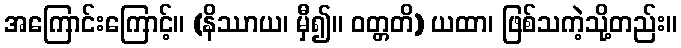
အကြောင်းကြောင့်။ (နိဿာယ၊ မှီ၍။ ဝတ္တတိ) ယထာ၊ ဖြစ်သကဲ့သို့တည်း။